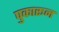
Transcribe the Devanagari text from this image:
पुकारून